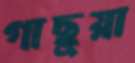
গাছুয়া